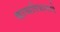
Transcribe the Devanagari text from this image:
काव्यविभागाचे